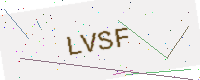
Text: LVSF